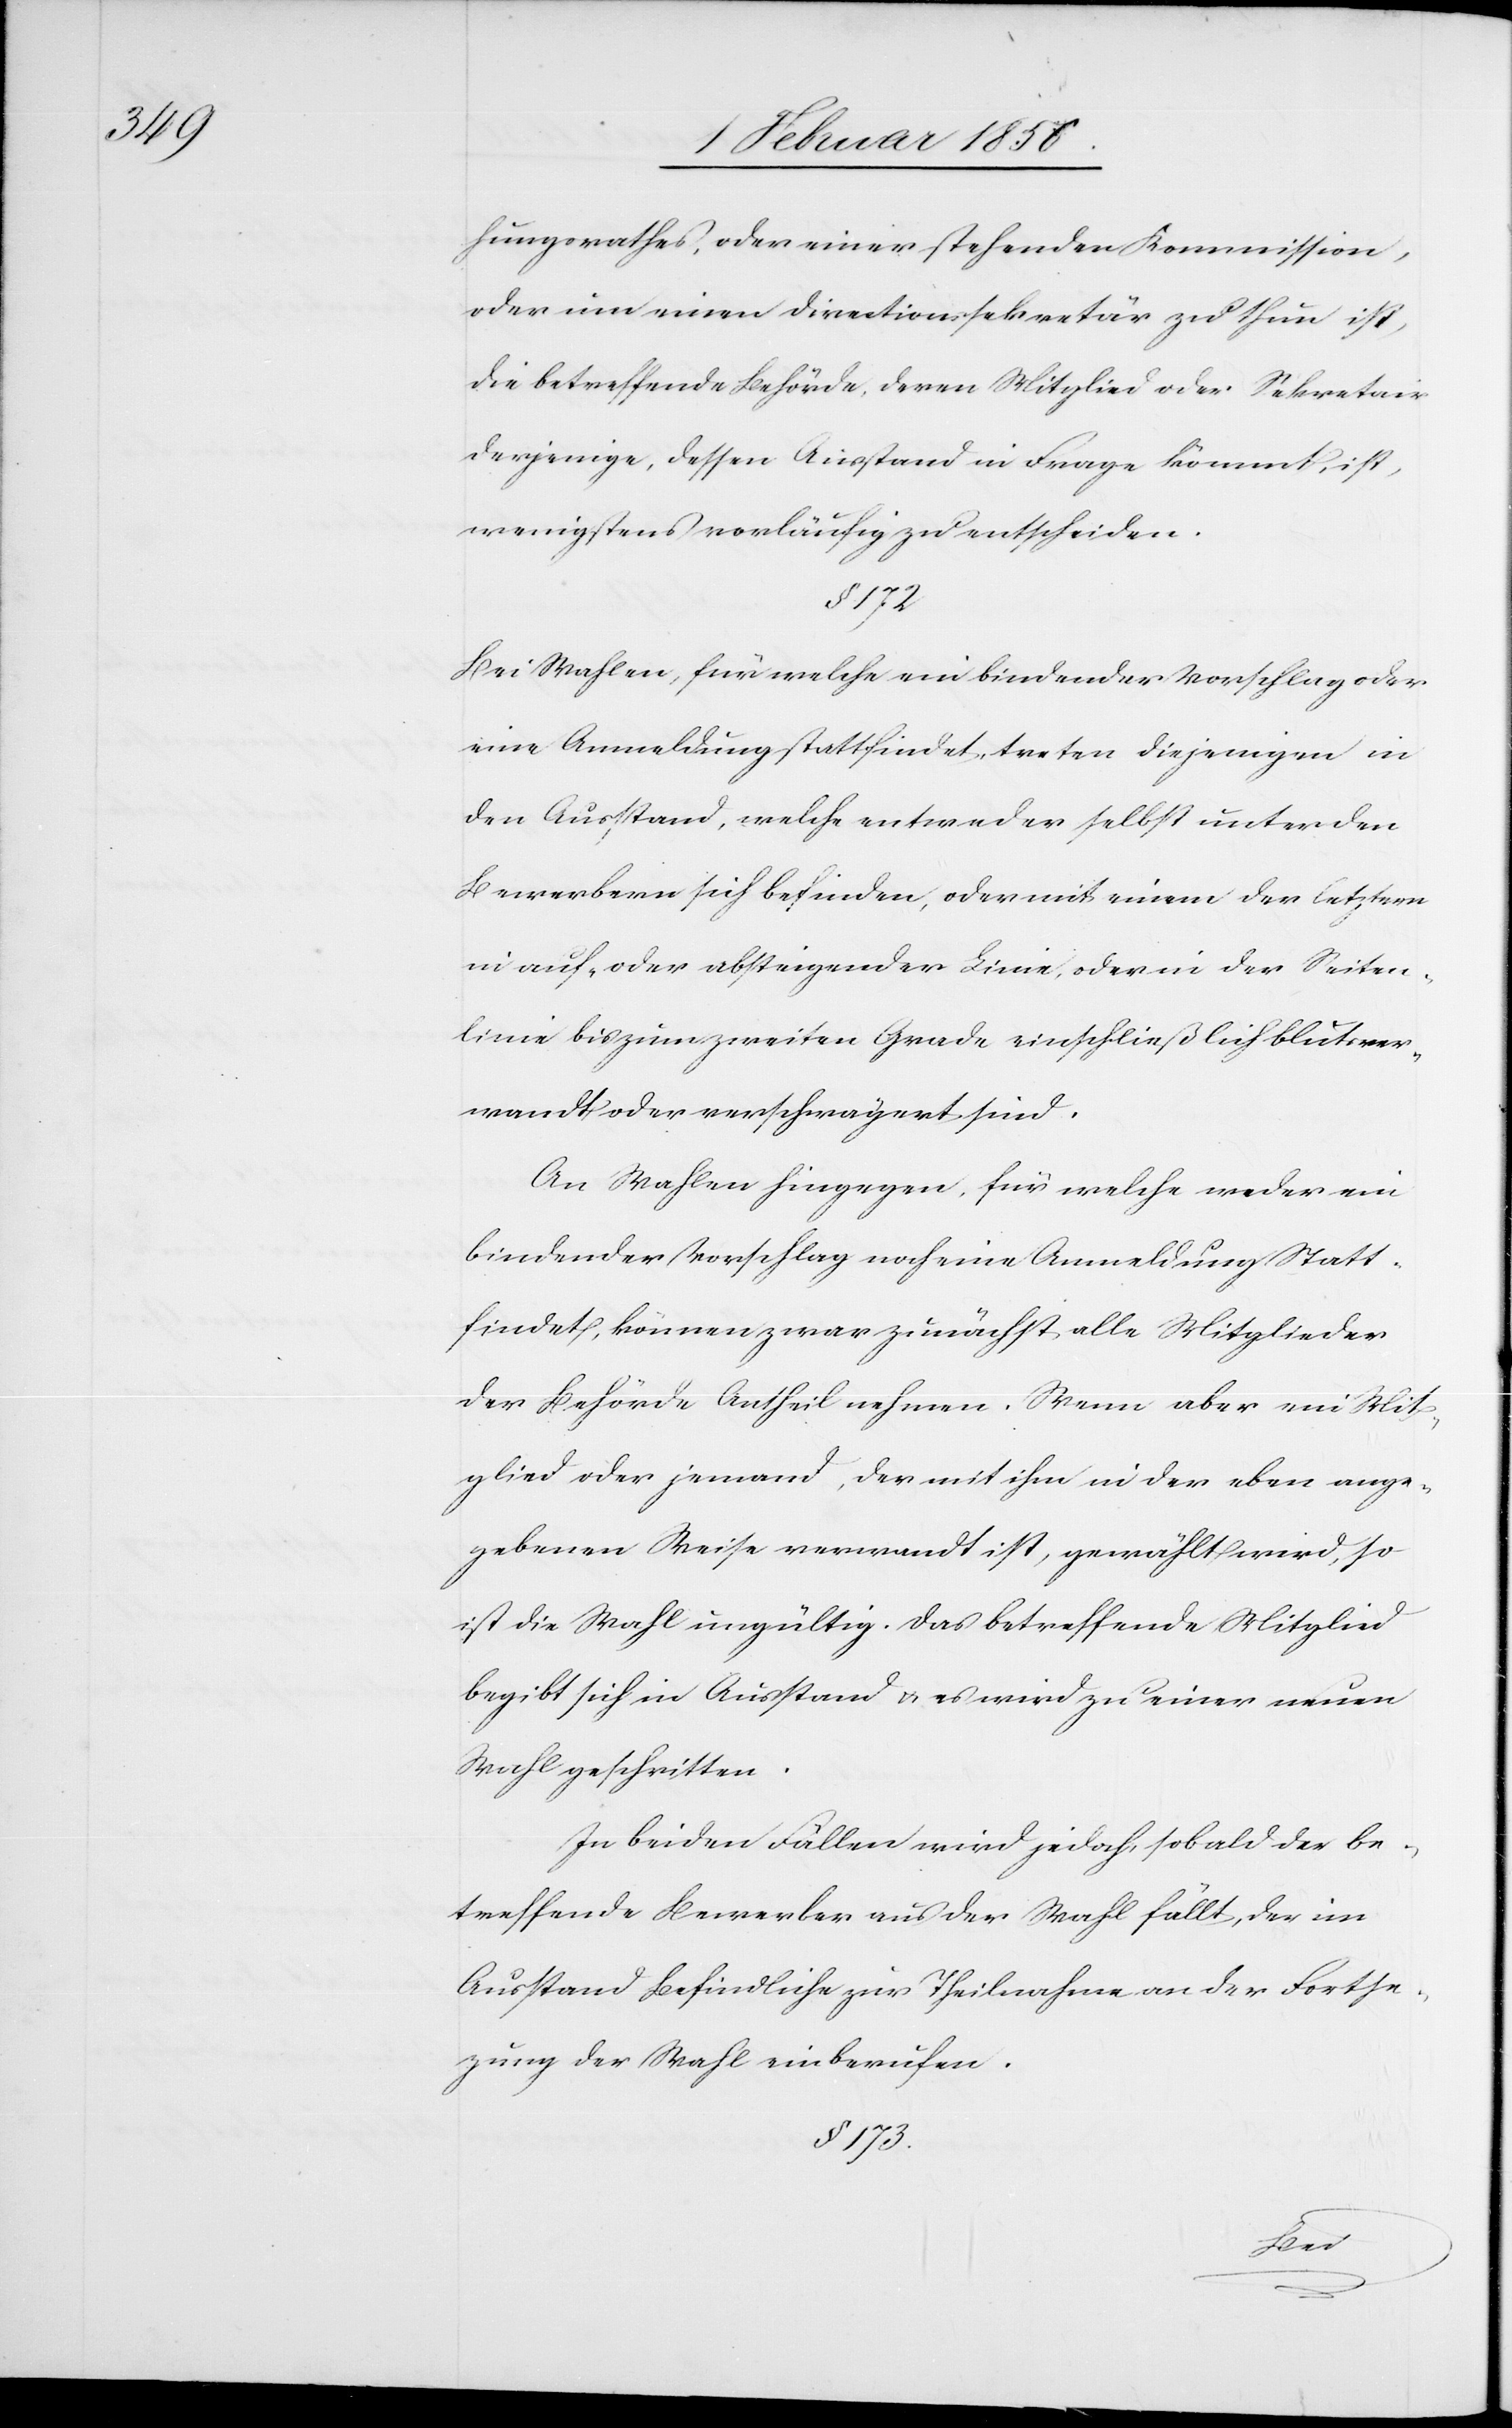
hungsrathes, oder einer stehenden Kommission,
oder um einen Directionssekretär zu thun ist,
die betreffende Behörde, deren Mitglied oder Sekretair
derjenige, dessen Ausstand in Frage kommt, ist
wenigstens vorläufig zu entscheiden.
§. 172
Bei Wahlen, für welche ein bindender Vorschlag oder
eine Anmeldung stattfindet, treten diejenigen in
den Ausstand, welche entweder selbst unter den
Bewerbern sich befinden, oder mit einem der letztern
in auf- oder absteigender Linie, oder in der Seiten¬
linie bis zum zweiten Grade einschließlich blutsver¬
wandt oder verschwägert sind.
An Wahlen hingegen, für welche weder ein
bindender Vorschlag noch eine Anmeldung Statt¬
findet, können zwar zunächst alle Mitglieder
der Behörde Antheil nehmen. Wenn aber ein Mit¬
glied oder jemand, der mit ihm in der eben ange¬
gebenen Weise verwandt ist, gewählt wird, so
ist die Wahl ungültig. Das betreffende Mitglied
begibt sich in Ausstand u. es wird zu einer neuen
Wahl geschritten.
In beiden Fällen wird jedoch, sobald der be¬
treffende Bewerber aus der Wahl fällt, der im
Ausstand Befindliche zur Theilnahme an der Fortse¬
tzung der Wahl einberufen.
§. 173.